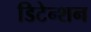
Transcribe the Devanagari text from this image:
डिटेन्शन